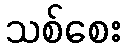
သစ်စေး